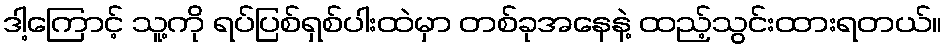
ဒါ့ကြောင့် သူ့ကို ရပ်ပြစ်ရှစ်ပါးထဲမှာ တစ်ခုအနေနဲ့ ထည့်သွင်းထားရတယ်။